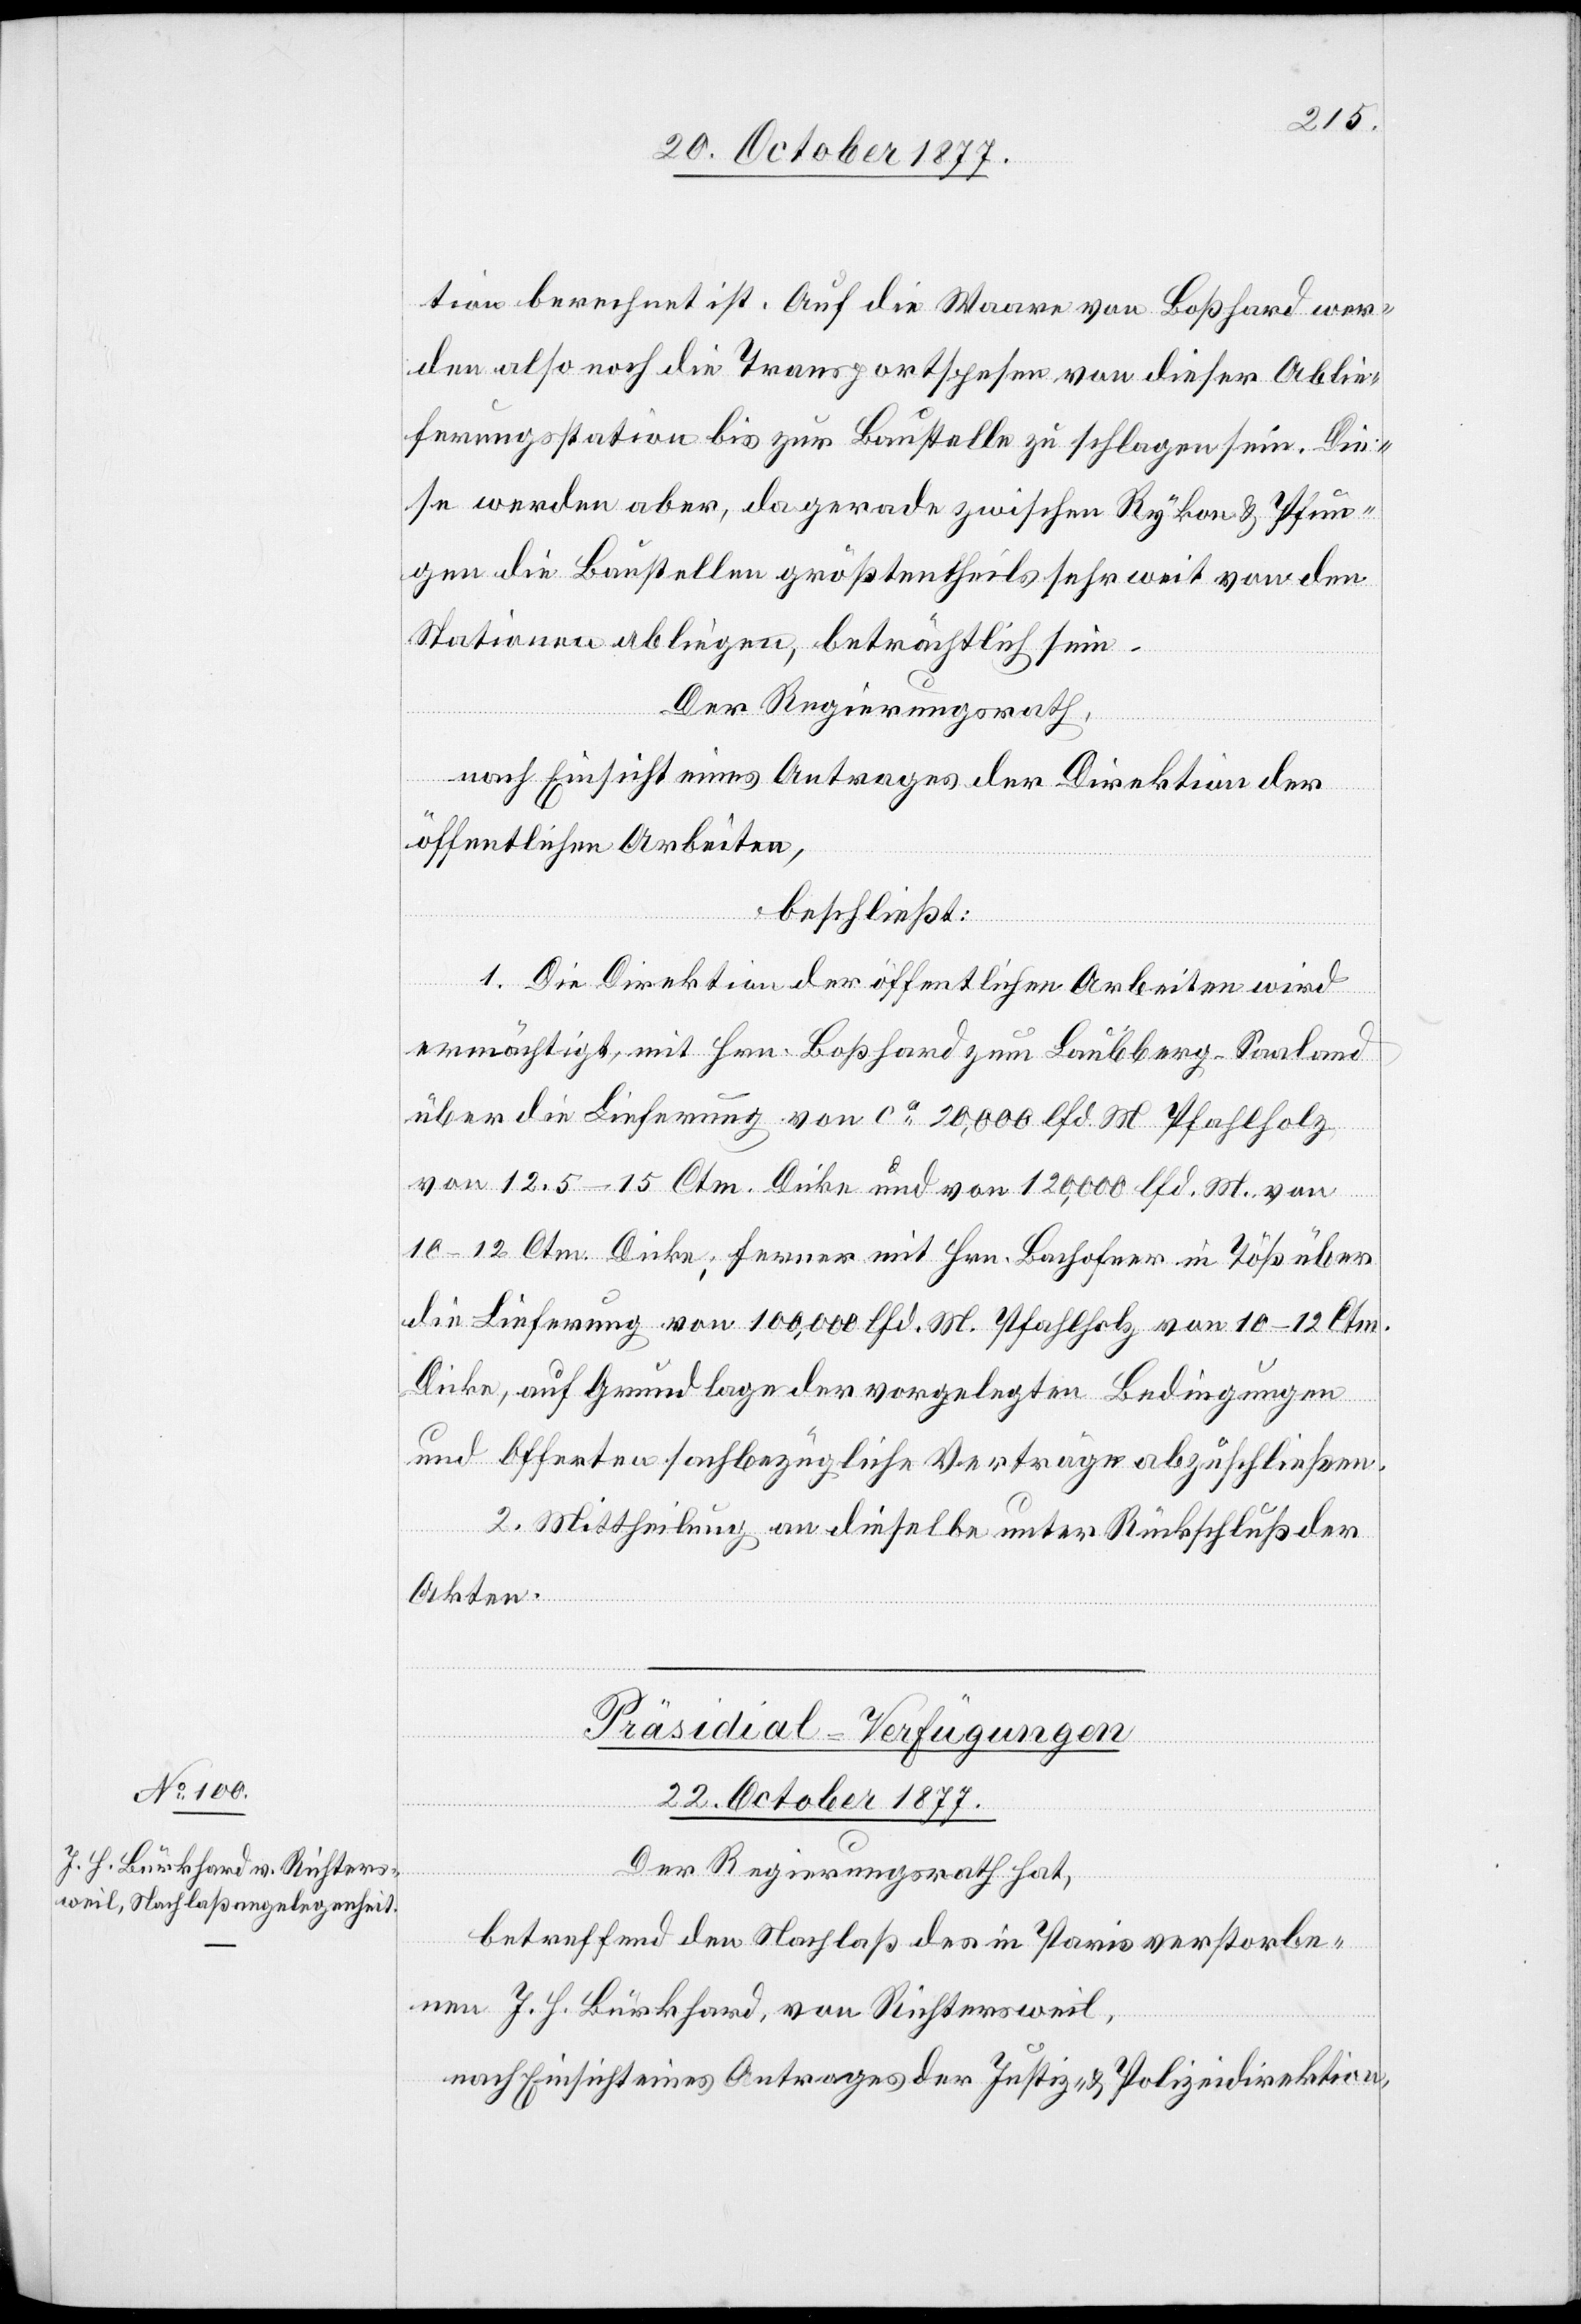
tion berechnet ist. Auf die Waare von Boßhard wer¬
den also noch die Transportspesen von dieser Ablie¬
ferungsstation bis zur Baustelle zu schlagen sein. Die¬
se werden aber, da gerade zwischen Rykon & Pfun¬
gen die Baustellen größtentheils sehr weit von den
Stationen abliegen, beträchtlich sein.
Der Regierungsrath,
nach Einsicht eines Antrages der Direktion der
öffentlichen Arbeiten,
beschließt:
1. Die Direktion der öffentlichen Arbeiten wird
ermächtigt, mit Hrn. Boßhard zum Laubberg - Saaland
über die Lieferung von ca 20,000 lfd. M. Pfahlholz
von 12.5–15 Ctm. Dicke und von 120,000 lfd. M. von
10–12 Ctm. Dicke; ferner mit Hrn. Bachofner in Töß über
die Lieferung von 100,000 lfd. M. Pfahlholz von 10–12 Ctm.
Dicke, auf Grundlage der vorgelegten Bedingungen
und Offerten sachbezügliche Verträge abzuschließen.
2. Mittheilung an dieselbe unter Rückschluß der
Akten.
Präsidial-Verfügungen
22. October 1877.
Der Regierungsrath hat,
betreffend den Nachlaß des in Paris verstorbe¬
nen J. H. Burkhard, von Richtersweil,
nach Einsicht eines Antrages der Justiz- & Polizeidirektion,